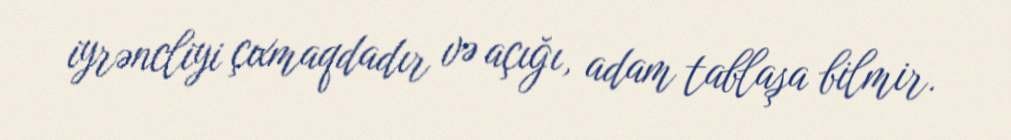
iyrəncliyi çıxmaqdadır və açığı, adam tablaşa bilmir.